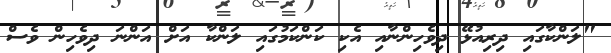
"ލަންކާގައި ދިރިއުޅޭ ދިވެހިންނާއި އެކި ކަންކަމުގައި ލަންކާ އަށް އަންނަ ދިވެހިން ވެސް